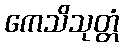
ကေသိသုတ္တံ